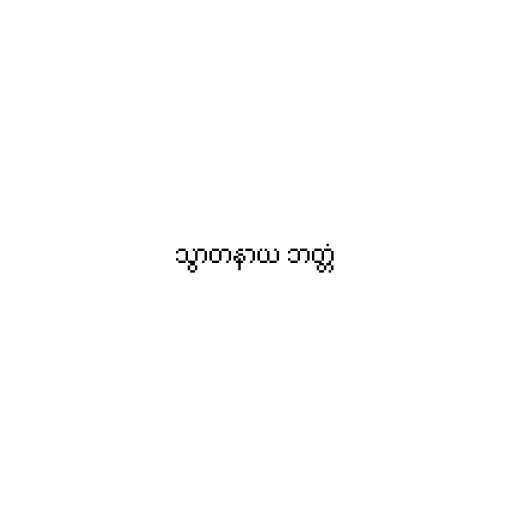
သွာတနာယ ဘတ္တံ